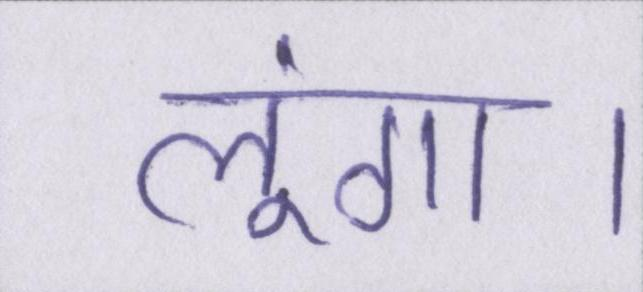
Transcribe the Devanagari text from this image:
लूंगा।